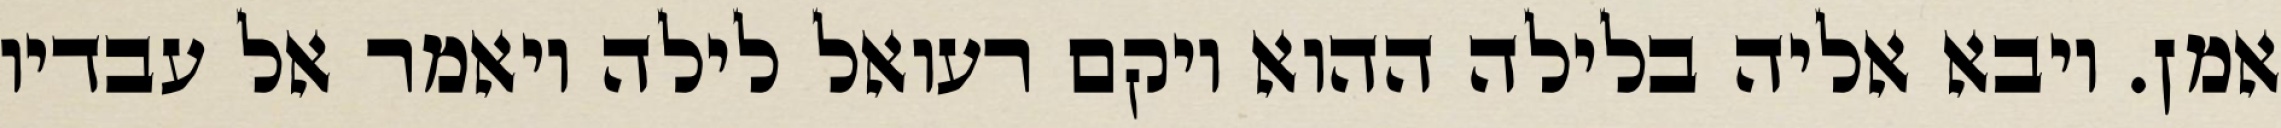
אמן. ויבא אליה בלילה ההוא ויקם רעואל לילה ויאמר אל עבדיו